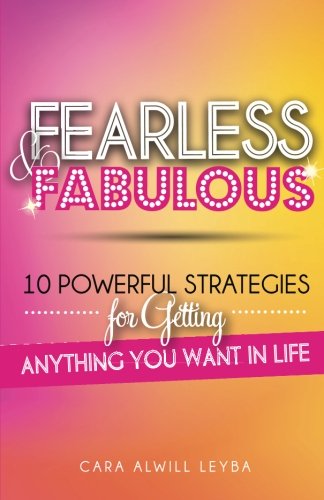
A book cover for Fearless & Fabulous: 10 Powerful Strategies for Getting Anything You Want in Life; Cara Alwill Leyba; Self-Help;